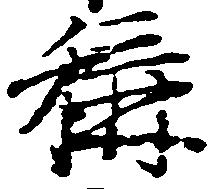
称